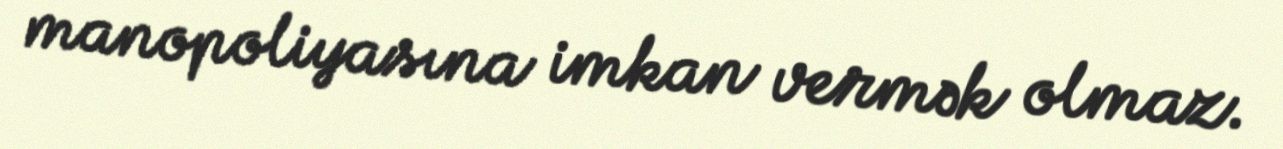
manopoliyasına imkan vermək olmaz.